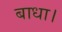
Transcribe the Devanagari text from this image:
बाधा।